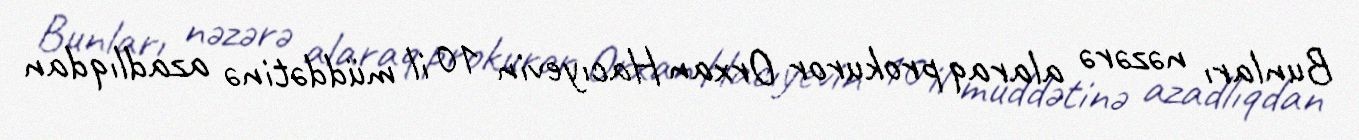
Bunları nəzərə alaraq prokuror Orxan Hacıyevin 10 il müddətinə azadlıqdan